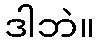
ဒါဘဲ။